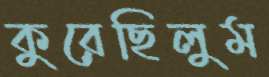
কুরেছিলুম